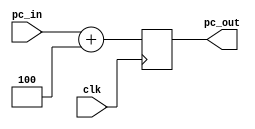
module add4 (
	input wire [31:0] pc_in,
	input wire clk,
	output reg [31:0] pc_out);
	
		always @(negedge clk) begin
		pc_out = pc_in + 4;
	end
	
	
endmodule